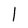
Character: I